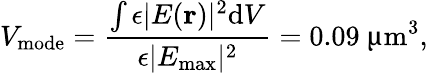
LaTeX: V_{\textrm{mode}}=\frac{\int\epsilon|E(\textbf{r})|^{2}\textrm{d}V}{\epsilon|E_{\textrm{max}}|^{2}}=0.09~\upmu\textrm{m}^{3},